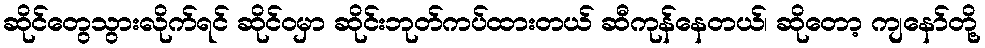
ဆိုင်တွေသွားလိုက်ရင် ဆိုင်ဝမှာ ဆိုင်းဘုတ်ကပ်ထားတယ် ဆီကုန်နေတယ်၊ ဆိုတော့ ကျနော်တို့